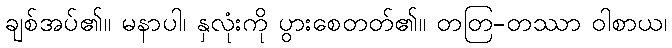
ချစ်အပ်၏။ မနာပါ၊ နှလုံးကို ပွားစေတတ်၏။ တတြ-တဿာ ဝါစာယ၊